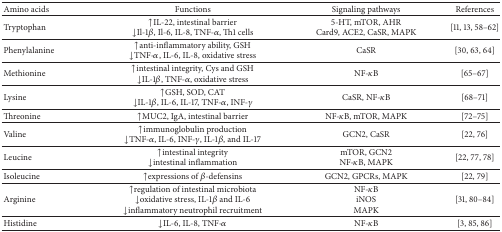
<table><thead><tr><td><b>Amino acids</b></td><td><b>Functions</b></td><td><b>Signaling pathways</b></td><td><b>References</b></td></tr></thead><tbody><tr><td>Tryptophan</td><td>↑IL-22, intestinal barrier ↓Il-1<i>β</i>, Il-6, IL-8, TNF-<i>α</i>, Th1 cells</td><td>5-HT, mTOR, AHRCard9, ACE2, CaSR, MAPK</td><td>[11, 13, 58–62]</td></tr><tr><td>Phenylalanine</td><td>↑anti-inflammatory ability, GSH↓TNF-<i>α</i>, IL-6, IL-8, oxidative stress</td><td>CaSR</td><td>[30, 63, 64]</td></tr><tr><td>Methionine</td><td>↑intestinal integrity, Cys and GSH↓IL-1<i>β</i>, TNF-<i>α</i>, oxidative stress</td><td>NF-<i>κ</i>B</td><td>[65–67]</td></tr><tr><td>Lysine</td><td>↑GSH, SOD, CAT↓IL-1<i>β</i>, IL-6, IL-17, TNF-<i>α</i>, INF-<i>γ</i></td><td>CaSR, NF-<i>κ</i>B</td><td>[68–71]</td></tr><tr><td>Threonine</td><td>↑MUC2, IgA, intestinal barrier</td><td>NF-<i>κ</i>B, mTOR, MAPK</td><td>[72–75]</td></tr><tr><td>Valine</td><td>↑immunoglobulin production↓TNF-<i>α</i>, IL-6, INF-<i>γ</i>, IL-1<i>β</i>, and IL-17</td><td>GCN2, CaSR</td><td>[22, 76]</td></tr><tr><td>Leucine</td><td>↑intestinal integrity↓intestinal inflammation</td><td>mTOR, GCN2NF-<i>κ</i>B, MAPK</td><td>[22, 77, 78]</td></tr><tr><td>Isoleucine</td><td>↑expressions of <i>β</i>-defensins</td><td>GCN2, GPCRs, MAPK</td><td>[22, 79]</td></tr><tr><td>Arginine</td><td>↑regulation of intestinal microbiota↓oxidative stress, IL-1<i>β</i> and IL-6↓inflammatory neutrophil recruitment</td><td>NF-<i>κ</i>BiNOSMAPK</td><td>[31, 80–84]</td></tr><tr><td>Histidine</td><td>↓IL-6, IL-8, TNF-<i>α</i></td><td>NF-<i>κ</i>B</td><td>[3, 85, 86]</td></tr></tbody></table>